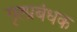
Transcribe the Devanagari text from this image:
गृह्प्रबंधक